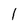
Character: 1